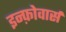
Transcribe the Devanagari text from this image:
इन्फ़ोवार्स